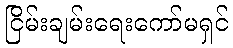
ငြိမ်းချမ်းရေးကော်မရှင်